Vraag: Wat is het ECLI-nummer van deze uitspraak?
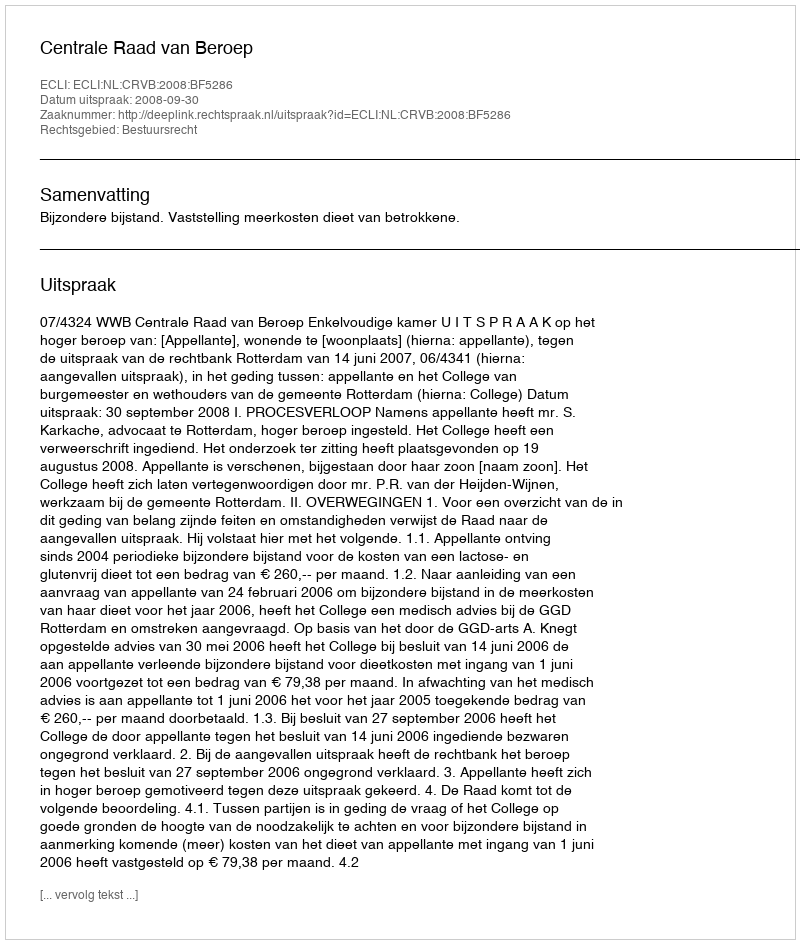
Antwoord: ECLI:NL:CRVB:2008:BF5286